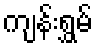
ကျန်းရွှမ်